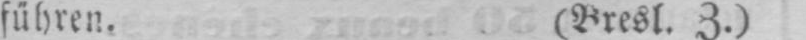
führen. (Bresl. Z.)